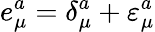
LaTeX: e_{\mu}^{a}=\delta_{\mu}^{a}+\varepsilon_{\mu}^{a}